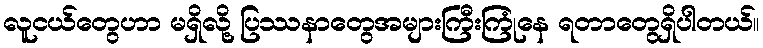
လူငယ်တွေဟာ မရှိလို့ ပြဿနာတွေအများကြီးကြုံနေ ရတာတွေရှိပါတယ်။